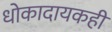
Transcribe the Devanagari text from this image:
धोकादायकही